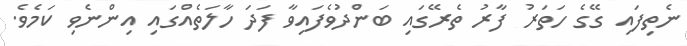
ނެތިފައި ގޭގެ ހަތަރު ފާރު ތެރޭގައި ބަންދުވެފައިވާ ފަދަ ހާލަތެއްގައި އިންނެވި ކަމެވެ.